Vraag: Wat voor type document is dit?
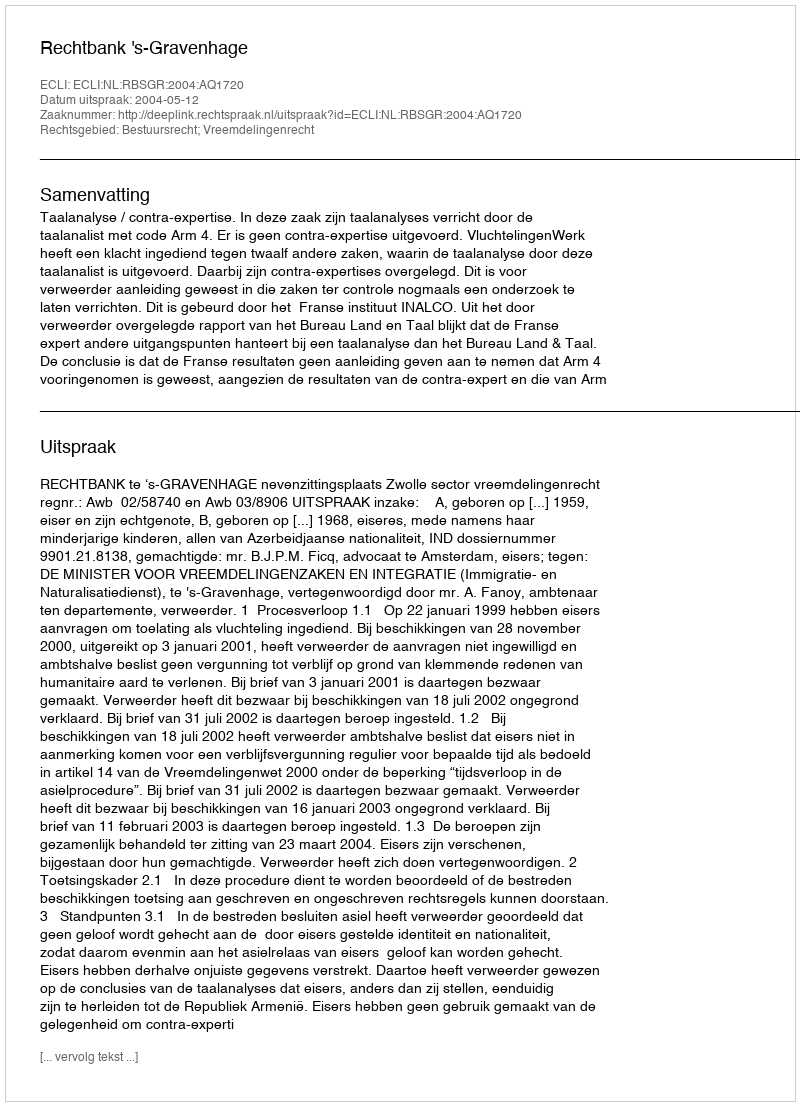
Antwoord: Uitspraak